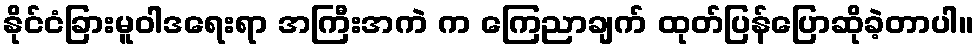
နိုင်ငံခြားမူဝါဒရေးရာ အကြီးအကဲ က ကြေညာချက် ထုတ်ပြန်ပြောဆိုခဲ့တာပါ။